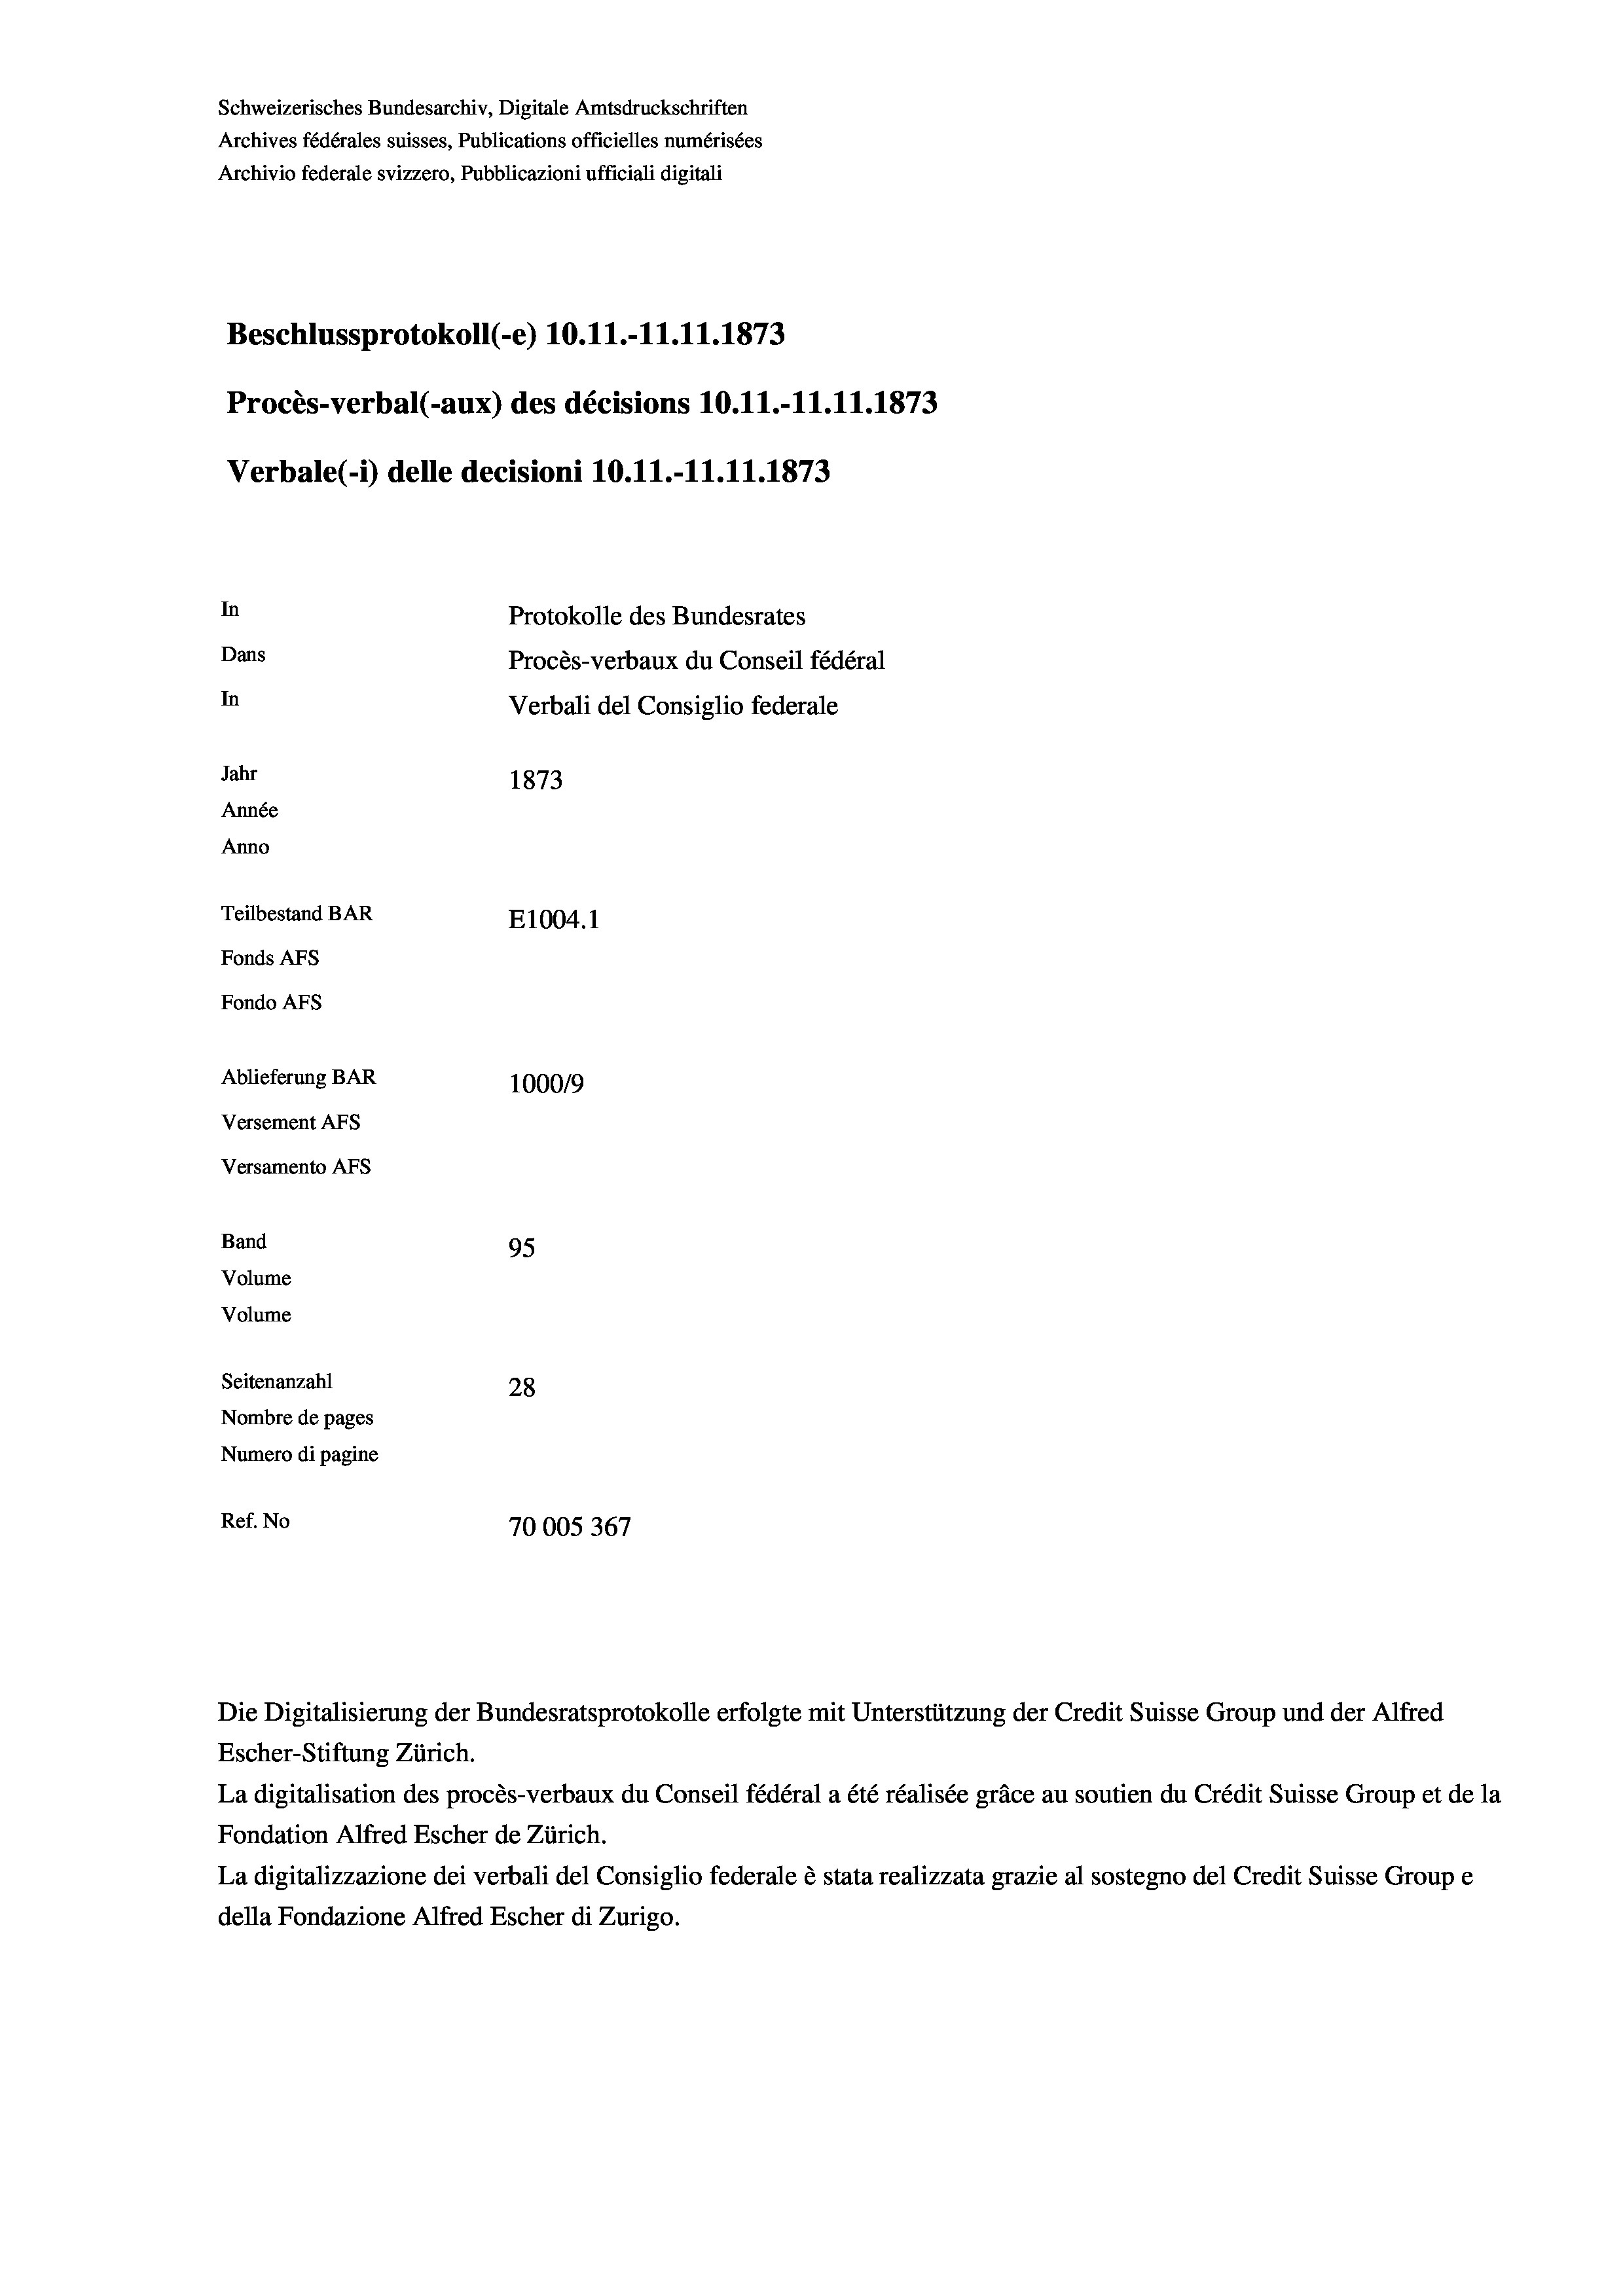
Schweizerisches Bundesarchiv, Digitale Amtsdruckschriften
Archives fédérales suisses, Publications officielles numérisées
Archivio federale svizzero, Pubblicazioni ufficiali digitali
Beschlussprotokoll (-e) 10. 11.-11.11.1873
Procès-verbal (-aux) des décisions 10.11.-11.11.1873
Verbale (- 1) delle decisioni 10. 11.-11.11.1873
In
Protokolle des Bundesrates
Dans
Procès-verbaux du Conseil fédéral
In
Verbali del Consiglio federale
Jahr
1873
Année
Anno
Teilbestand BAR
E1004. 1
Fonds AFs
Fondo Afs
Ablieferung BAR
100019
Versement Abs
Versamento Afs
Band
95
Volume
Volume
Seitenanzahl
28
Nombre de pages
Numero di pagine
Ref. No
70005367

Escher-Stiftung Zürich.
La digitalisation des procès-verbaux du Conseil fédéral a été réalisée gräce au soutien du Crédit Suisse Group et de la
Fondation Alfred Escher de Zürich.
La digitalizzazione dei verbali del Consiglio federale è stata realizzata grazie al sostegno del Credit Suisse Groupe
della Fondazione Alfred Escher di Zurigo.

Die Digitalisierung der Bundesratsprotokolle erfolgte mit Unterstützung der Credit Suisse Group und der Alfred